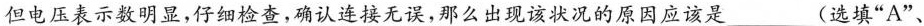
但电压表示数明显，仔细检查，确认连接无误，那么出现该状况的原因应该是___(选填”A”、